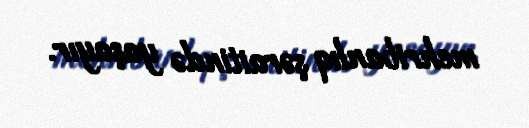
mehribanlıq şəraitində yaşayır.